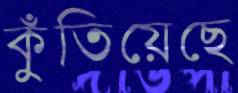
কুঁতিয়েছে